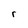
Character: r